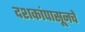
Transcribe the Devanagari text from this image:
दशकांपासूनचे